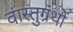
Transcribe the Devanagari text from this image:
वास्तुग्रंथों